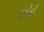
લોઇ